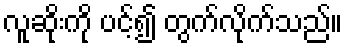
လူဆိုးကို ပင့်၍ တွက်လိုက်သည်။